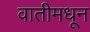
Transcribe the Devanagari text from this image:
वातीमधून